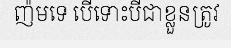
ញ៉មទេ បើទោះបីជាខ្លួនត្រូវ